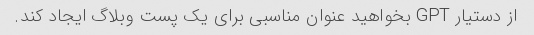
از دستیار GPT بخواهید عنوان مناسبی برای یک پست وبلاگ ایجاد کند.